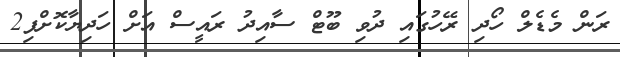
ރަން މެޑެލް ހޯދި ރޭހުގައި ދުވި ބޫޓް ސާއިދު ރައީސް އަށް ހަދިޔާކޮށްފި2